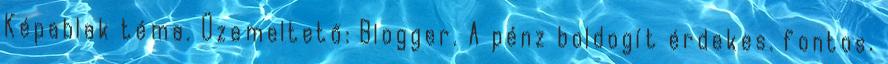
Képablak téma. Üzemeltető: Blogger. A pénz boldogít érdekes. fontos.